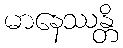
မာနေဿန္တိ